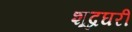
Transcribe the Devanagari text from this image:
शूद्रघरीं